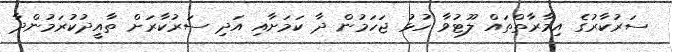
ސަރުކާރުގެ އިމާރާތްތައް ލޫޓުވާ ހުޅު ޖަހަމުން ދާ ކަމަށާއި އަދި ސަރުކާރަށް ތާއީދުކުރަމުންދާ